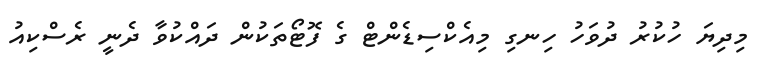
މިދިޔަ ހުކުރު ދުވަހު ހިނގި މިއެކްސިޑެންޓް ގެ ފޮޓޯތަކުން ދައްކުވާ ދެނީ ރެސްކިއު